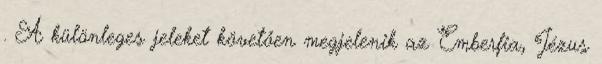
. A különleges jeleket követően megjelenik az Emberfia, Jézus